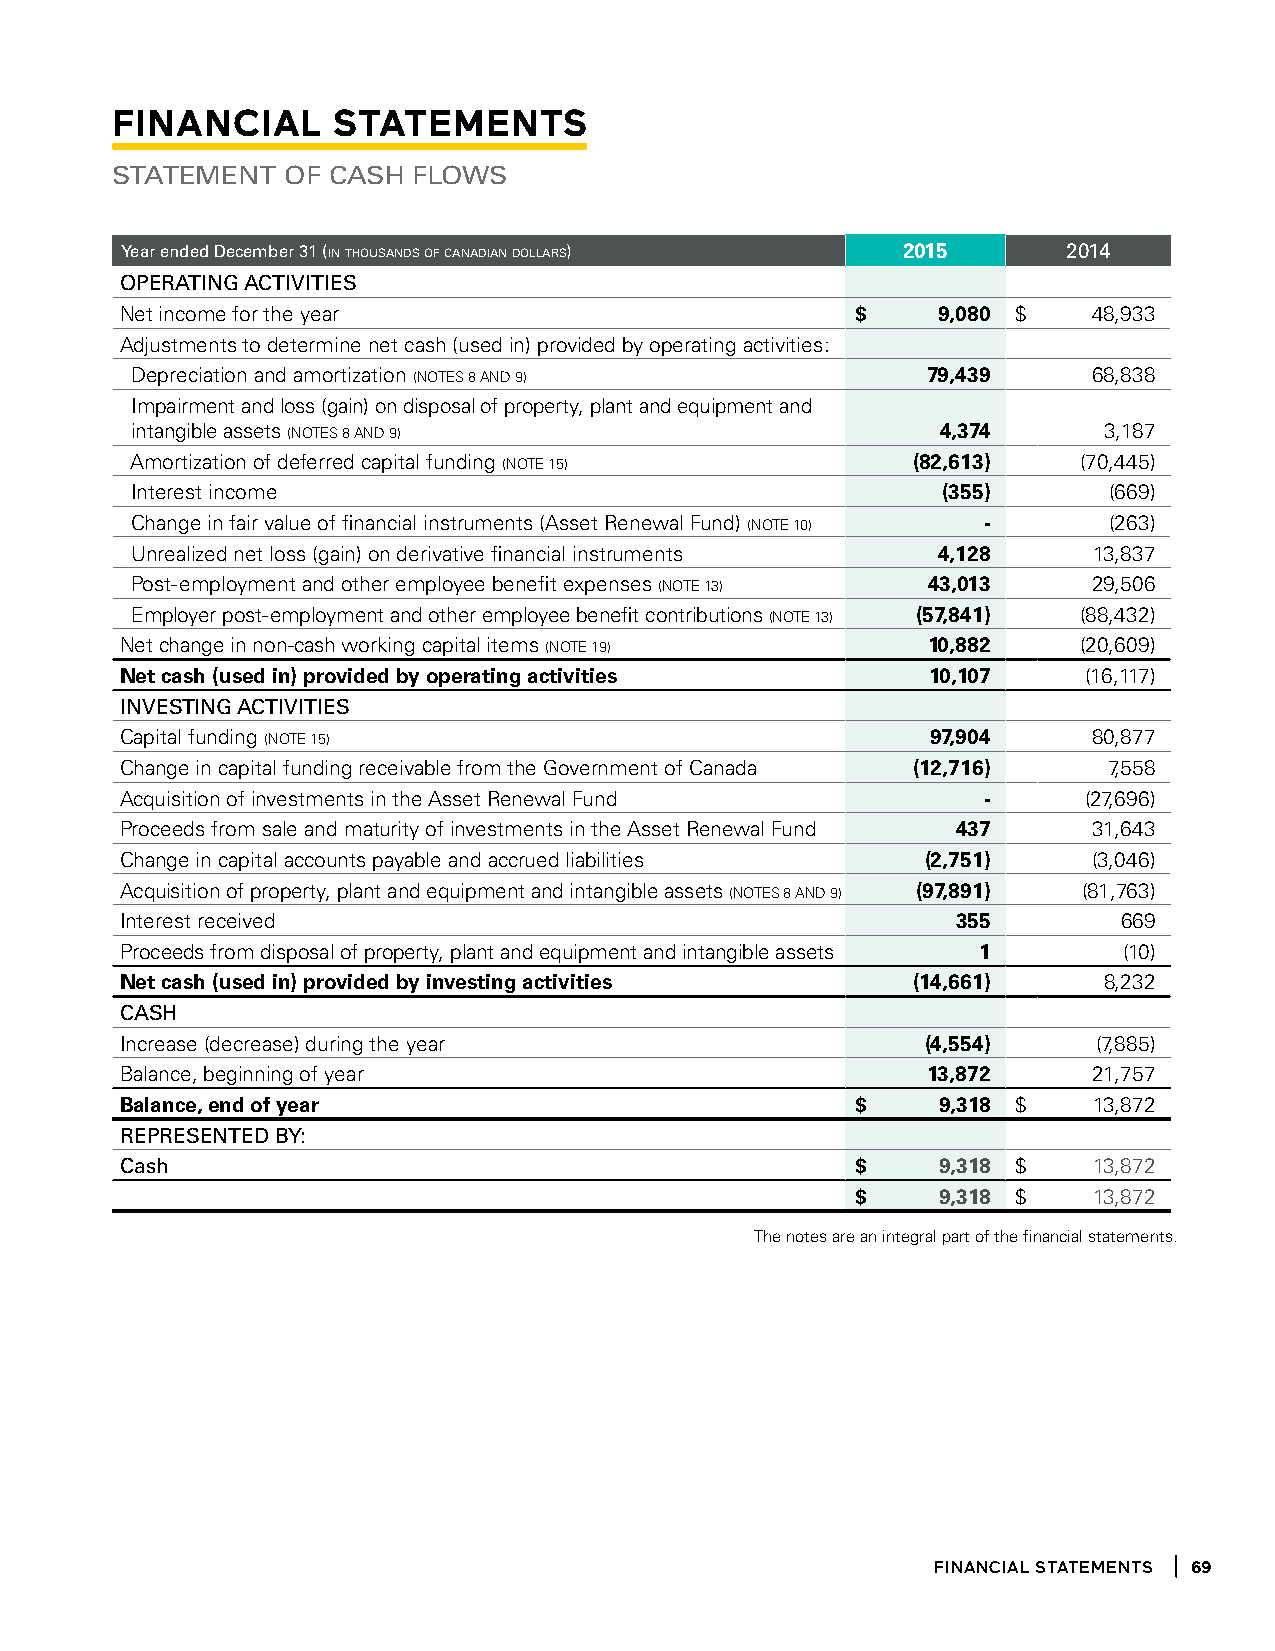
Financial      stateMents
 Statement   of caSh flowS
 Year ended december 31 (in thousands of canadian dollars) 2015 2014
 oPerating activitieS
 Net income for the year                          $    9,080 $   48,933
 Adjustments to determine net cash (used in) provided by operating activities:
 Depreciation and amortization (NOTES 8 AND 9)       79,439     68,838
 Impairment and loss (gain) on disposal of property, plant and equipment and
 intangible assets (NOTES 8 AND 9)                    4,374      3,187
 Amortization of deferred capital funding (NOTE 15) (82,613)    (70,445)
 Interest income                                      (355)      (669)
 Change in fair value of financial instruments (Asset Renewal Fund) (NOTE 10) - (263)
 Unrealized net loss (gain) on derivative financial instruments 4,128 13,837
 Post-employment and other employee benefit expenses (NOTE 13) 43,013 29,506
 Employer post-employment and other employee benefit contributions (NOTE 13) (57,841) (88,432)
 Net change in non-cash working capital items (NOTE 19) 10,882   (20,609)
 Net cash (used in) provided by operating activities   10,107    (16,117)
 inveSting activitieS
 Capital funding (NOTE 15)                             97,904    80,877
 Change in capital funding receivable from the Government of Canada (12,716) 7,558
 Acquisition of investments in the Asset Renewal Fund     -      (27,696)
 Proceeds from sale and maturity of investments in the Asset Renewal Fund 437 31,643
 Change in capital accounts payable and accrued liabilities (2,751) (3,046)
 Acquisition of property, plant and equipment and intangible assets (NOTES 8 AND 9) (97,891) (81,763)
 Interest received                                      355        669
 Proceeds from disposal of property, plant and equipment and intangible assets 1 (10)
 Net cash (used in) provided by investing activities (14,661)     8,232
 caSh
 Increase (decrease) during the year                  (4,554)     (7,885)
 Balance, beginning of year                           13,872     21,757
 Balance, end of year                             $    9,318 $   13,872
 rePreSented bY:
 cash                                             $    9,318 $   13,872
 $    9,318 $   13,872
 The notes are an integral part of the financial statements.
 financial statements 69